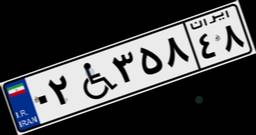
۹۷W۷۱۷۱۶